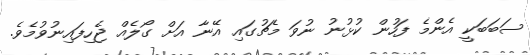
ސަބަބަކީ އެންމެ ފަހުން ކުޅުނު ނުވަ މެޗުގައި އޭނާ އަށް ގޯލެއް ޖެހިފައިނުވުމެވެ.